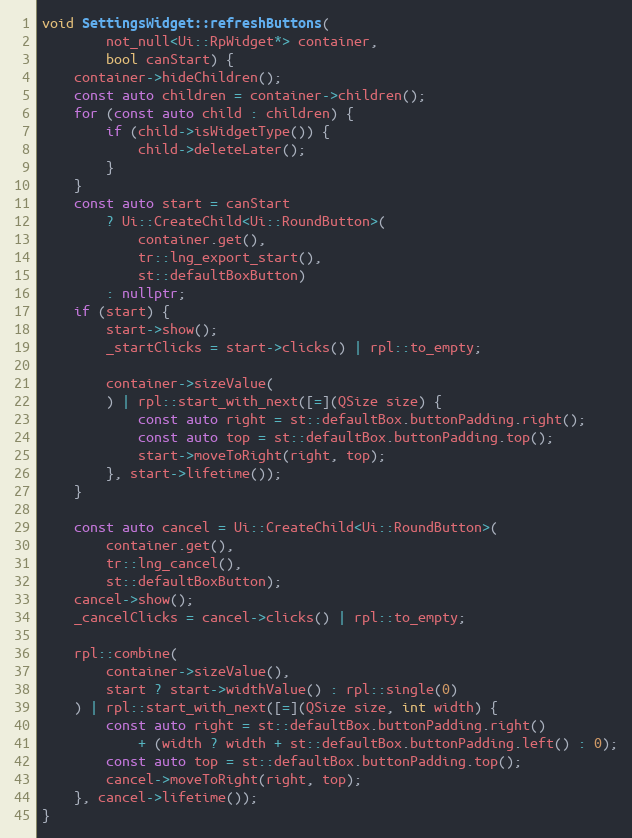
Language: C++
void SettingsWidget::refreshButtons(
		not_null<Ui::RpWidget*> container,
		bool canStart) {
	container->hideChildren();
	const auto children = container->children();
	for (const auto child : children) {
		if (child->isWidgetType()) {
			child->deleteLater();
		}
	}
	const auto start = canStart
		? Ui::CreateChild<Ui::RoundButton>(
			container.get(),
			tr::lng_export_start(),
			st::defaultBoxButton)
		: nullptr;
	if (start) {
		start->show();
		_startClicks = start->clicks() | rpl::to_empty;

		container->sizeValue(
		) | rpl::start_with_next([=](QSize size) {
			const auto right = st::defaultBox.buttonPadding.right();
			const auto top = st::defaultBox.buttonPadding.top();
			start->moveToRight(right, top);
		}, start->lifetime());
	}

	const auto cancel = Ui::CreateChild<Ui::RoundButton>(
		container.get(),
		tr::lng_cancel(),
		st::defaultBoxButton);
	cancel->show();
	_cancelClicks = cancel->clicks() | rpl::to_empty;

	rpl::combine(
		container->sizeValue(),
		start ? start->widthValue() : rpl::single(0)
	) | rpl::start_with_next([=](QSize size, int width) {
		const auto right = st::defaultBox.buttonPadding.right()
			+ (width ? width + st::defaultBox.buttonPadding.left() : 0);
		const auto top = st::defaultBox.buttonPadding.top();
		cancel->moveToRight(right, top);
	}, cancel->lifetime());
}